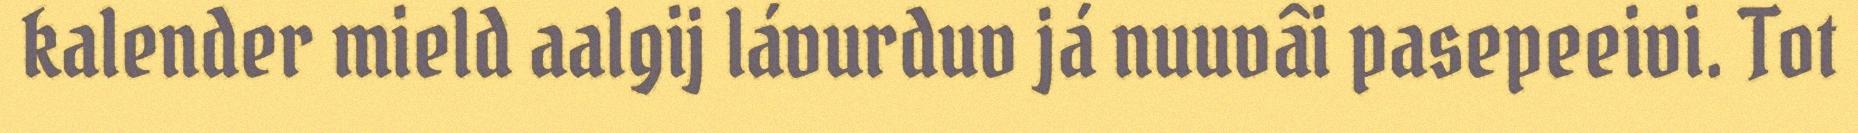
kalender mield aalgij lávurduv já nuuvâi pasepeeivi. Tot